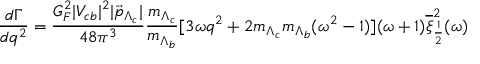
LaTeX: \frac { d \Gamma } { d q ^ { 2 } } = \frac { G _ { F } ^ { 2 } | V _ { c b } | ^ { 2 } | \vec { p } _ { \Lambda _ { c } } | } { 4 8 \pi ^ { 3 } } \frac { m _ { \Lambda _ { c } } } { m _ { \Lambda _ { b } } } [ 3 \omega { } q ^ { 2 } + 2 m _ { \Lambda _ { c } } m _ { \Lambda _ { b } } ( \omega ^ { 2 } - 1 ) ] ( \omega + 1 ) \overline { { \xi } } _ { \frac { 1 } { 2 } } ^ { 2 } ( \omega )